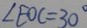
\angle E O C = 3 0 ^ { \circ }